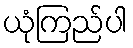
ယုံကြည်ပါ